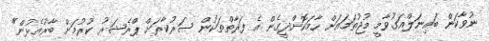
ނުވާކަން ބައިނަލްއަގުވާމީ މުޖުތަމައަށް ހާމަކޮށްދީގެން އެ ފަރާތްތަކުން ސަރުކާރަށް ޕްރެޝަރު ކުރުމަށް ބާރުއެޅުން"